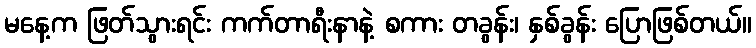
မနေ့က ဖြတ်သွားရင်း ကက်တာရီးနာနဲ့ စကား တခွန်း၊ နှစ်ခွန်း ပြောဖြစ်တယ်။